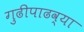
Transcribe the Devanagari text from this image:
गुढीपाढव्या